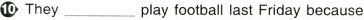
10 They___play football last Friday because